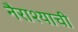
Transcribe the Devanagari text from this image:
नैराश्याची